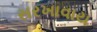
સરખાવાય